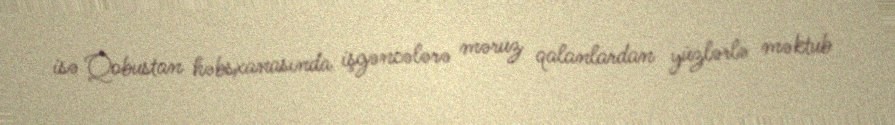
isə Qobustan həbsxanasında işgəncələrə məruz qalanlardan yüzlərlə məktub